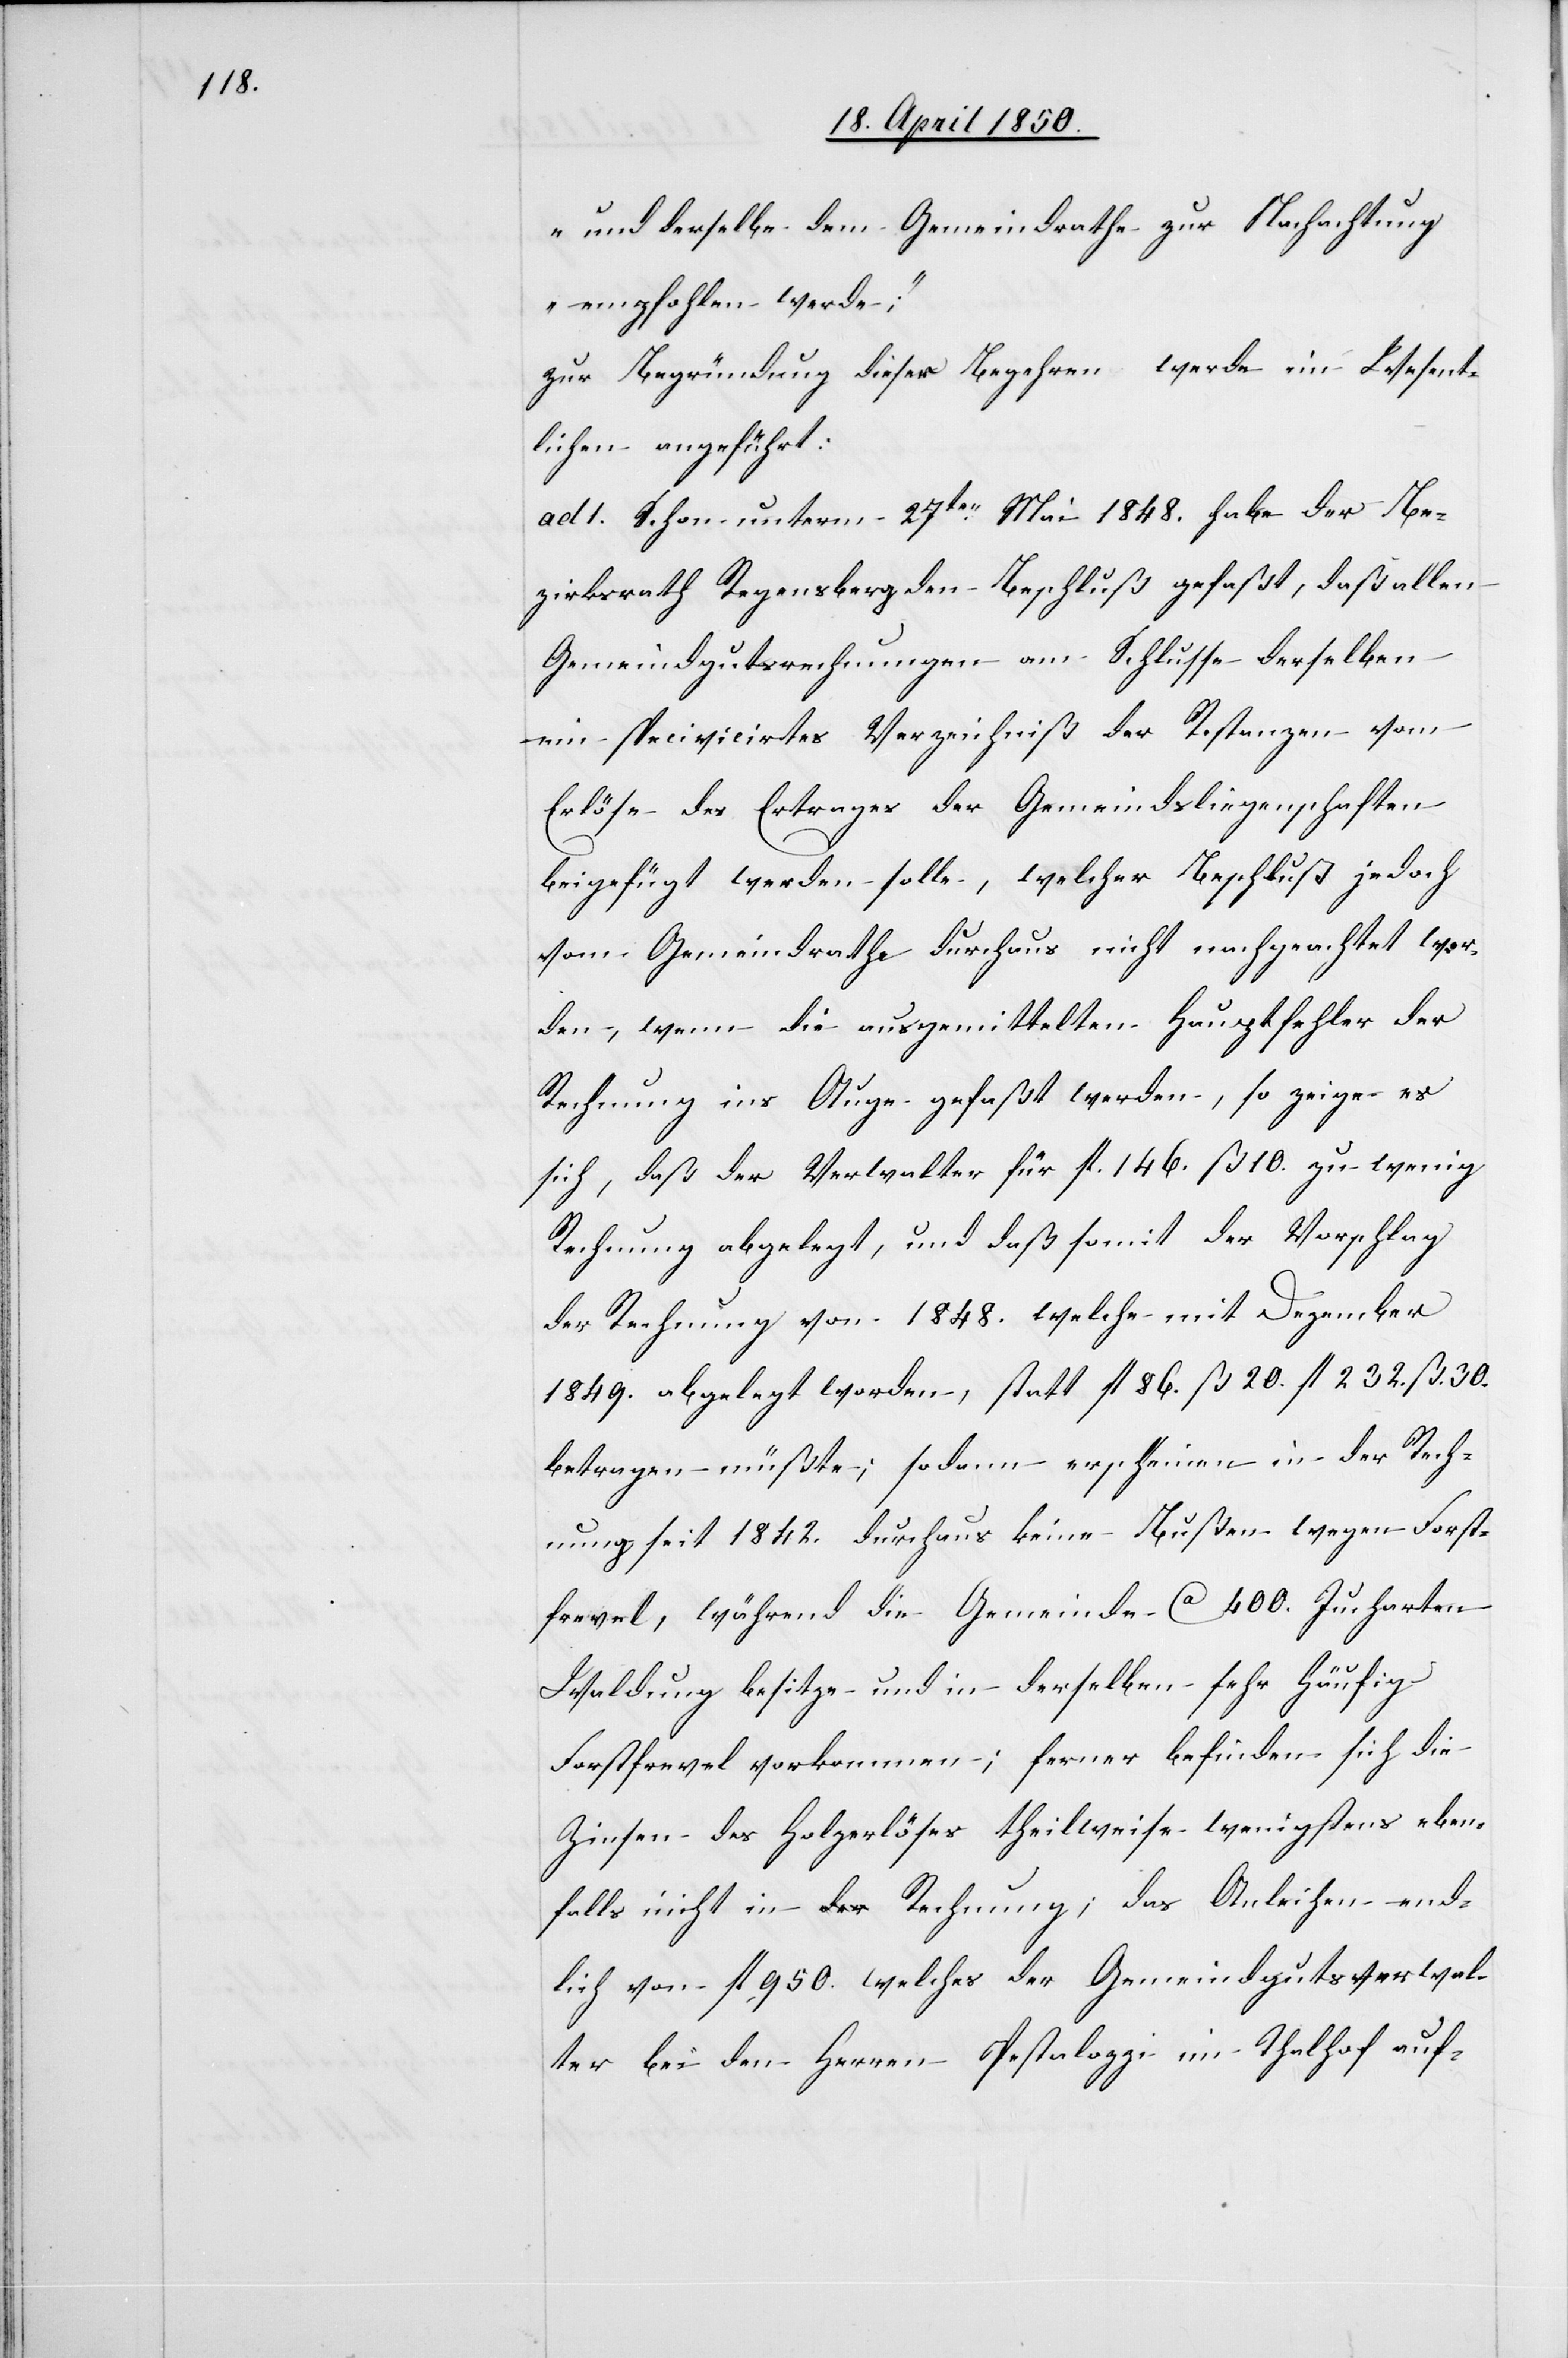
und derselbe dem Gemeindrathe zur Nachachtung
empfohlen werde;“
zur Begründung dieser Begehren werde im Wesent¬
lichen angeführt:
ad 1. Schon unterm 27ten Mai 1848. habe der Be¬
zirksrath Regensberg den Beschluß gefaßt, daß allen
Gemeindgutsrechnungen am Schlusse derselben
ein specivicirtes Verzeichniß der Restanzen vom
Erlöse des Ertrages der Gemeindsliegenschaften
beigefügt werden solle, welcher Beschluß jedoch
vom Gemeindrathe durchaus nicht nachgeachtet wor¬
den, wenn die ausgemittelten Hauptfehler der
Rechnung ins Auge gefaßt werden, so zeige es
sich, daß der Verwalter für fl. 146. ß 10. zu wenig
Rechnung abgelegt, und daß somit der Vorschlag
der Rechnung von 1848. welche mit Dezember
1849. abgelegt worden, statt fl 86. ß 20. fl 232. ß. 30.
betragen müßte; sodann erscheinen in der Rech¬
nung seit 1842. durchaus keine Bußen wegen Forst¬
frevel, während die Gemeinde Ca 400. Jucharten
Waldung besitze und in derselben sehr häufig
Forstfrevel vorkommen; ferner befinden sich die
Zinsen des Holzerlöses theilweise wenigstens eben¬
falls nicht in Rechnung; das Anleihen end¬
lich von fl. 950. welches der Gemeindgutsverwal¬
ter bei den Herren Pestalozzi im Thalhof auf-